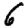
Digit: 6